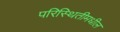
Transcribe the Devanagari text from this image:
परिस्थितीमधील